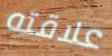
علاقته